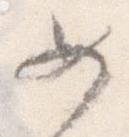
め